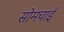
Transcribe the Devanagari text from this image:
सोमचाई